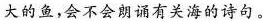
大的鱼，会不会朗诵有关海的诗句。